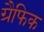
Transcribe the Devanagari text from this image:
ग्रैफिक